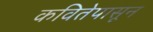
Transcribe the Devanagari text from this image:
कवितेपासून